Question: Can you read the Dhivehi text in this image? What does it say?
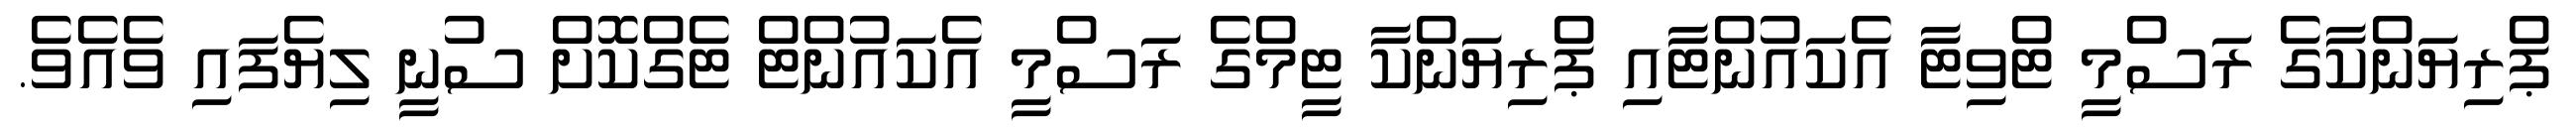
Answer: ޕްރިޔަންކާގެ ރަސްމީ ޓްވިޓާ އެކައުންޓާއި ޕްރިޔަންކާ ޓީމްގެ ރަސްމީ އެކައުންޓް ޓެގްކޮށް ސުނީ ލިޔެފައި ވެއެވެ.